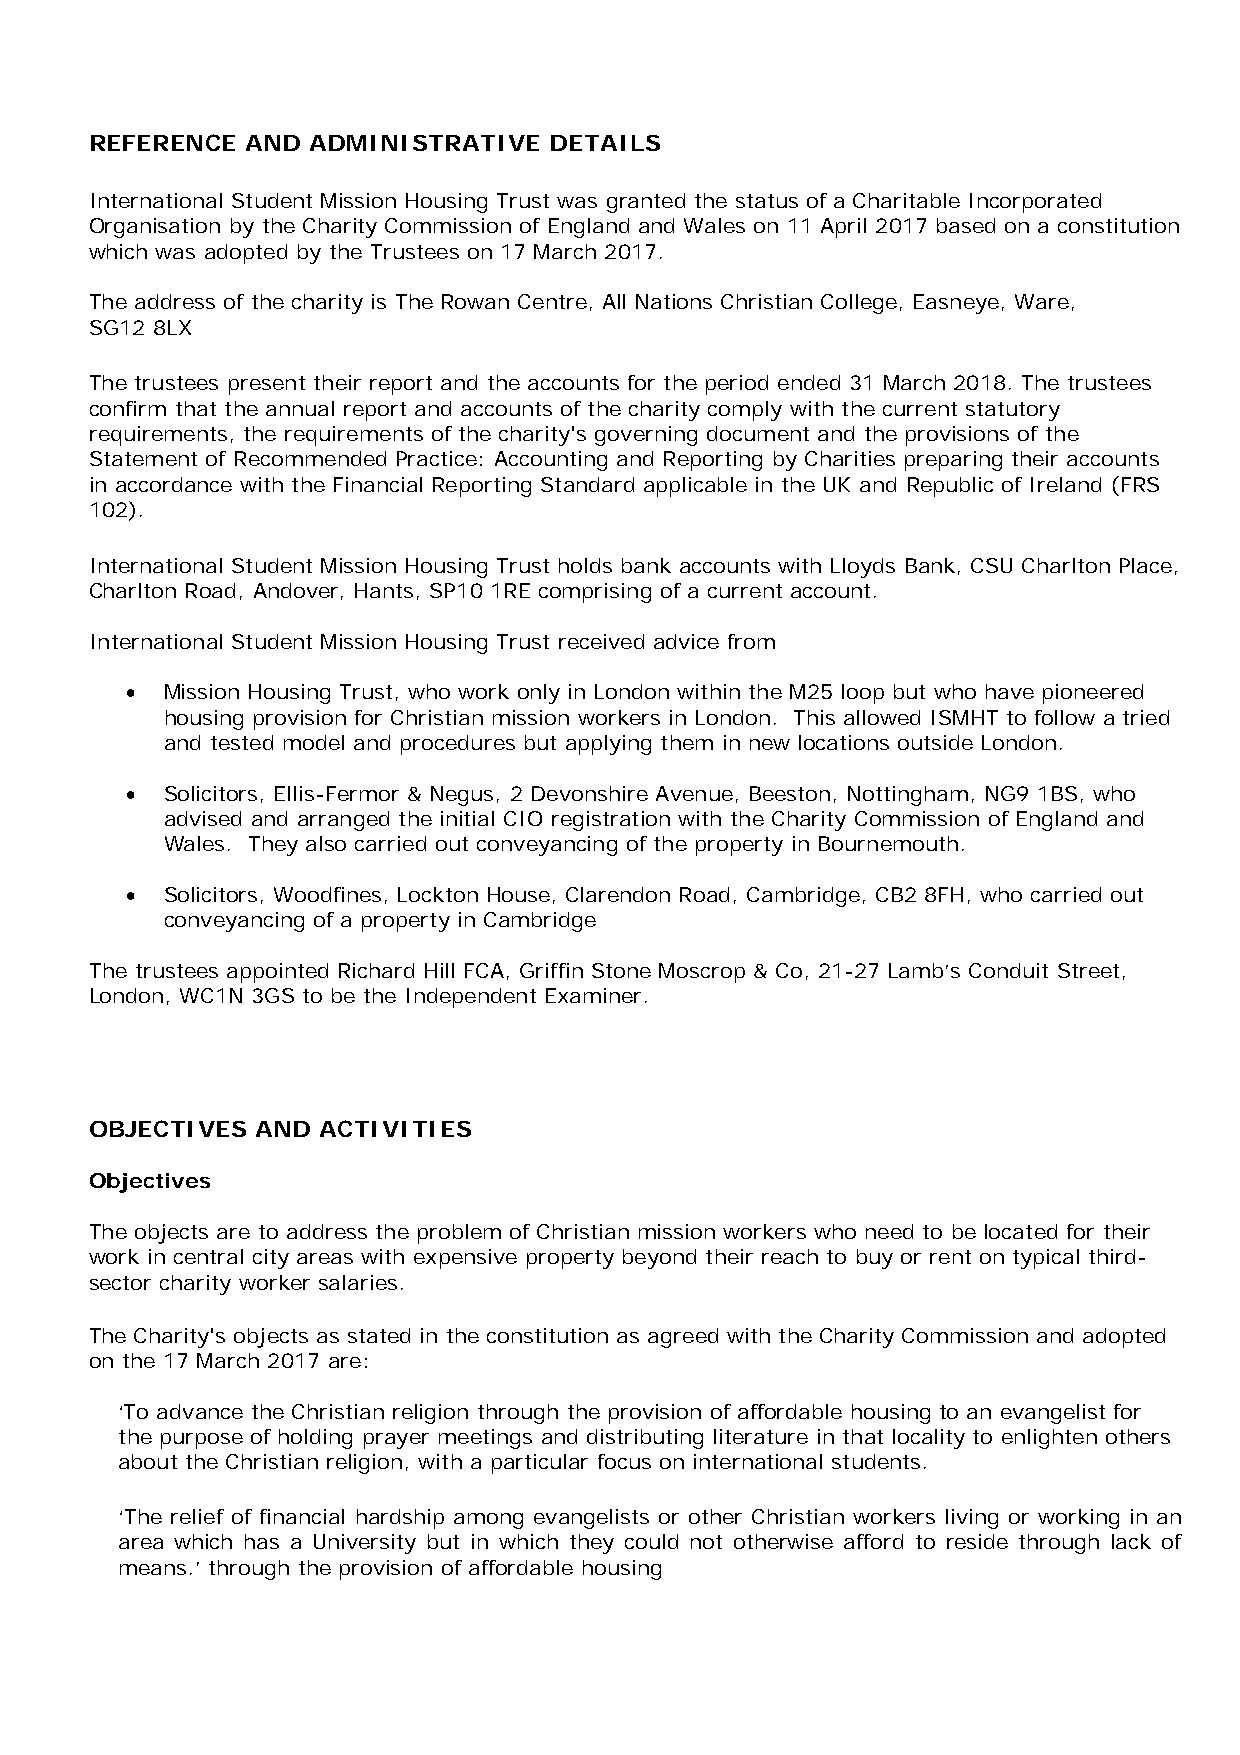
REFERENCE AND  ADMINISTRATIVE DETAILS
 International Student Mission Housing Trust was granted the status of a Charitable Incorporated
 Organisation by the Charity Commission of England and Wales on 11 April 2017 based on a constitution
 which was adopted by the Trustees on 17 March 2017.
 The address of the charity is The Rowan Centre, All Nations Christian College, Easneye, Ware,
 SG12 8LX
 The trustees present their report and the accounts for the period ended 31 March 2018. The trustees
 confirm that the annual report and accounts of the charity comply with the current statutory
 requirements, the requirements of the charity's governing document and the provisions of the
 Statement of Recommended Practice: Accounting and Reporting by Charities preparing their accounts
 in accordance with the Financial Reporting Standard applicable in the UK and Republic of Ireland (FRS
 102).
 International Student Mission Housing Trust holds bank accounts with Lloyds Bank, CSU Charlton Place,
 Charlton Road, Andover, Hants, SP10 1RE comprising of a current account.
 International Student Mission Housing Trust received advice from
   Mission Housing Trust, who work only in London within the M25 loop but who have pioneered
 housing provision for Christian mission workers in London. This allowed ISMHT to follow a tried
 and tested model and procedures but applying them in new locations outside London.
   Solicitors, Ellis-Fermor & Negus, 2 Devonshire Avenue, Beeston, Nottingham, NG9 1BS, who
 advised and arranged the initial CIO registration with the Charity Commission of England and
 Wales. They also carried out conveyancing of the property in Bournemouth.
   Solicitors, Woodfines, Lockton House, Clarendon Road, Cambridge, CB2 8FH, who carried out
 conveyancing of a property in Cambridge
 The trustees appointed Richard Hill FCA, Griffin Stone Moscrop & Co, 21-27 Lamb’s Conduit Street,
 London, WC1N 3GS to be the Independent Examiner.
 OBJECTIVES AND ACTIVITIES
 Objectives
 The objects are to address the problem of Christian mission workers who need to be located for their
 work in central city areas with expensive property beyond their reach to buy or rent on typical third-
 sector charity worker salaries.
 The Charity's objects as stated in the constitution as agreed with the Charity Commission and adopted
 on the 17 March 2017 are:
 ‘To advance the Christian religion through the provision of affordable housing to an evangelist for
 the purpose of holding prayer meetings and distributing literature in that locality to enlighten others
 about the Christian religion, with a particular focus on international students.
 ‘The relief of financial hardship among evangelists or other Christian workers living or working in an
 area which has a University but in which they could not otherwise afford to reside through lack of
 means.’ through the provision of affordable housing